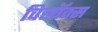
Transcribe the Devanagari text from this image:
विलॉक्स